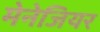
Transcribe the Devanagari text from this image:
मेनेजियर